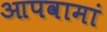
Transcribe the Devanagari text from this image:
आपवामां